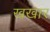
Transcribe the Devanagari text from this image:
खखार